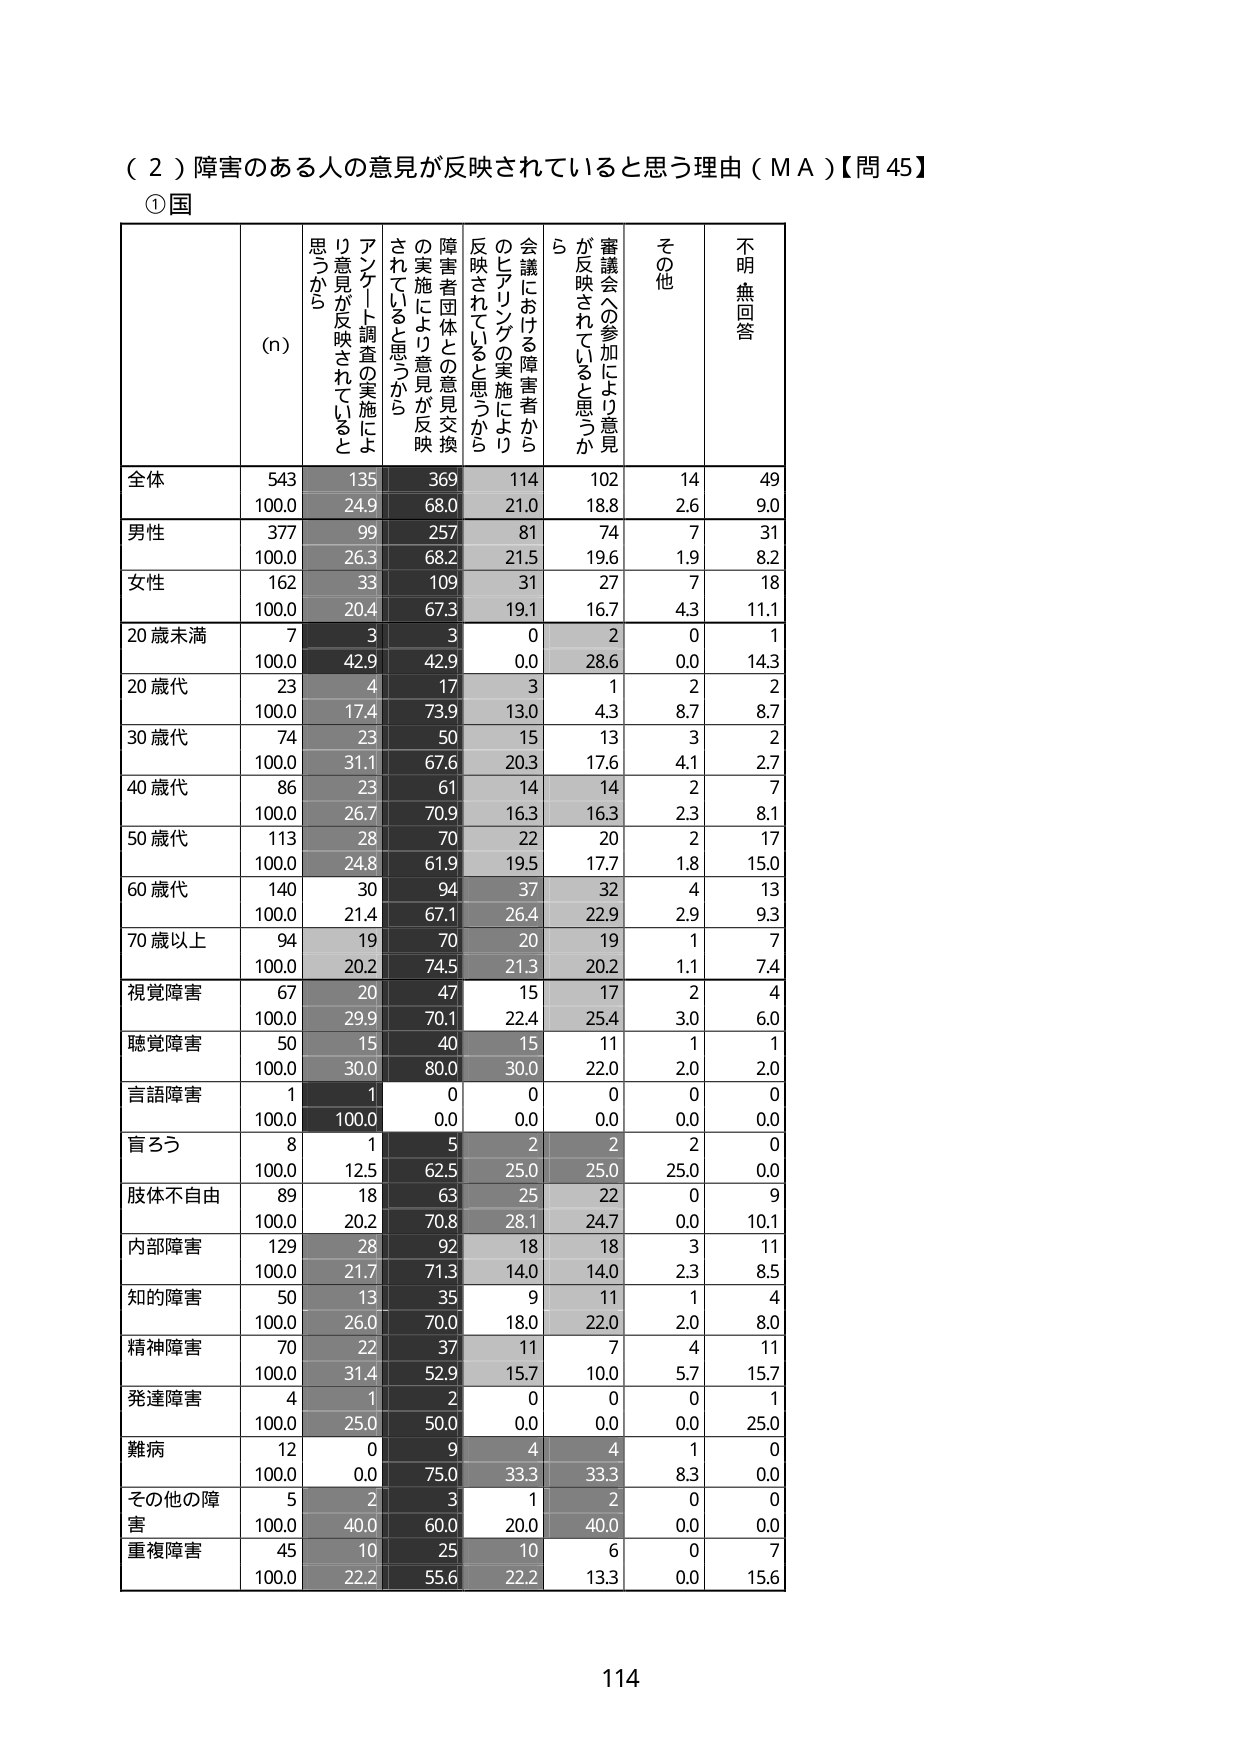
（２）障害のある人の意見が反映されていると思う理由（ＭＡ）【問45】
①国
(n)
アンケート調査の実施により意見が反映されていると思うから
障害者団体との意見交換の実施により意見が反映されていると思うから
会議における障害者からのヒアリングの実施により反映されていると思うから
審議会への参加により意見が反映されていると思うから
その他
不明・無回答
全体
543
135
369
114
102
14
49
100.0
24.9
68.0
21.0
18.8
2.6
9.0
男性
377
99
257
81
74
7
31
100.0
26.3
68.2
21.5
19.6
1.9
8.2
女性
162
33
109
31
27
7
18
100.0
20.4
67.3
19.1
16.7
4.3
11.1
20歳未満
7
3
3
0
2
0
1
100.0
42.9
42.9
0.0
28.6
0.0
14.3
20歳代
23
4
17
3
1
2
2
100.0
17.4
73.9
13.0
4.3
8.7
8.7
30歳代
74
23
50
15
13
3
2
100.0
31.1
67.6
20.3
17.6
4.1
2.7
40歳代
86
23
61
14
14
2
7
100.0
26.7
70.9
16.3
16.3
2.3
8.1
50歳代
113
28
70
22
20
2
17
100.0
24.8
61.9
19.5
17.7
1.8
15.0
60歳代
140
30
94
37
32
4
13
100.0
21.4
67.1
26.4
22.9
2.9
9.3
70歳以上
94
19
70
20
19
1
7
100.0
20.2
74.5
21.3
20.2
1.1
7.4
視覚障害
67
20
47
15
17
2
4
100.0
29.9
70.1
22.4
25.4
3.0
6.0
聴覚障害
50
15
40
15
11
1
1
100.0
30.0
80.0
30.0
22.0
2.0
2.0
言語障害
1
1
0
0
0
0
0
100.0
100.0
0.0
0.0
0.0
0.0
0.0
盲ろう
8
1
5
2
2
2
0
100.0
12.5
62.5
25.0
25.0
25.0
0.0
肢体不自由
89
18
63
25
22
0
9
100.0
20.2
70.8
28.1
24.7
0.0
10.1
内部障害
129
28
92
18
18
3
11
100.0
21.7
71.3
14.0
14.0
2.3
8.5
知的障害
50
13
35
9
11
1
4
100.0
26.0
70.0
18.0
22.0
2.0
8.0
精神障害
70
22
37
11
7
4
11
100.0
31.4
52.9
15.7
10.0
5.7
15.7
発達障害
4
1
2
0
0
0
1
100.0
25.0
50.0
0.0
0.0
0.0
25.0
難病
12
0
9
4
4
1
0
100.0
0.0
75.0
33.3
33.3
8.3
0.0
その他の障害
5
2
3
1
2
0
0
100.0
40.0
60.0
20.0
40.0
0.0
0.0
重複障害
45
10
25
10
6
0
7
100.0
22.2
55.6
22.2
13.3
0.0
15.6
114